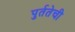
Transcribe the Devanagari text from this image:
पुर्ततेची